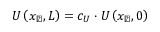
U \left( x _ { \perp } , L \right) = c _ { U } \cdot U \left( x _ { \perp } , 0 \right)